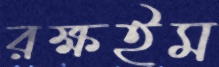
রক্ষইম